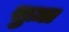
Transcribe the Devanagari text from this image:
सुज़ा